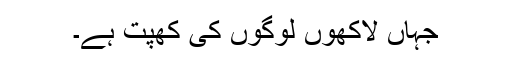
جہاں لاکھوں لوگوں کی کھپت ہے۔